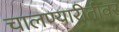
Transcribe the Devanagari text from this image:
चालण्यारीतीवर